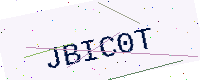
Text: JBIC0T